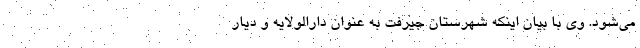
می‌شود. وی با بیان اینکه شهرستان جیرفت به عنوان دارالولایه و دیار